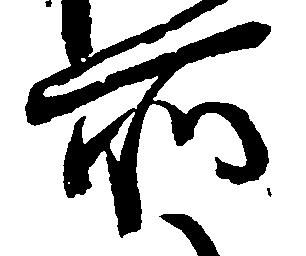
所